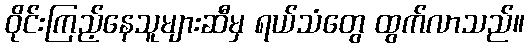
ဝိုင်းကြည့်နေသူများဆီမှ ရယ်သံတွေ ထွက်လာသည်။